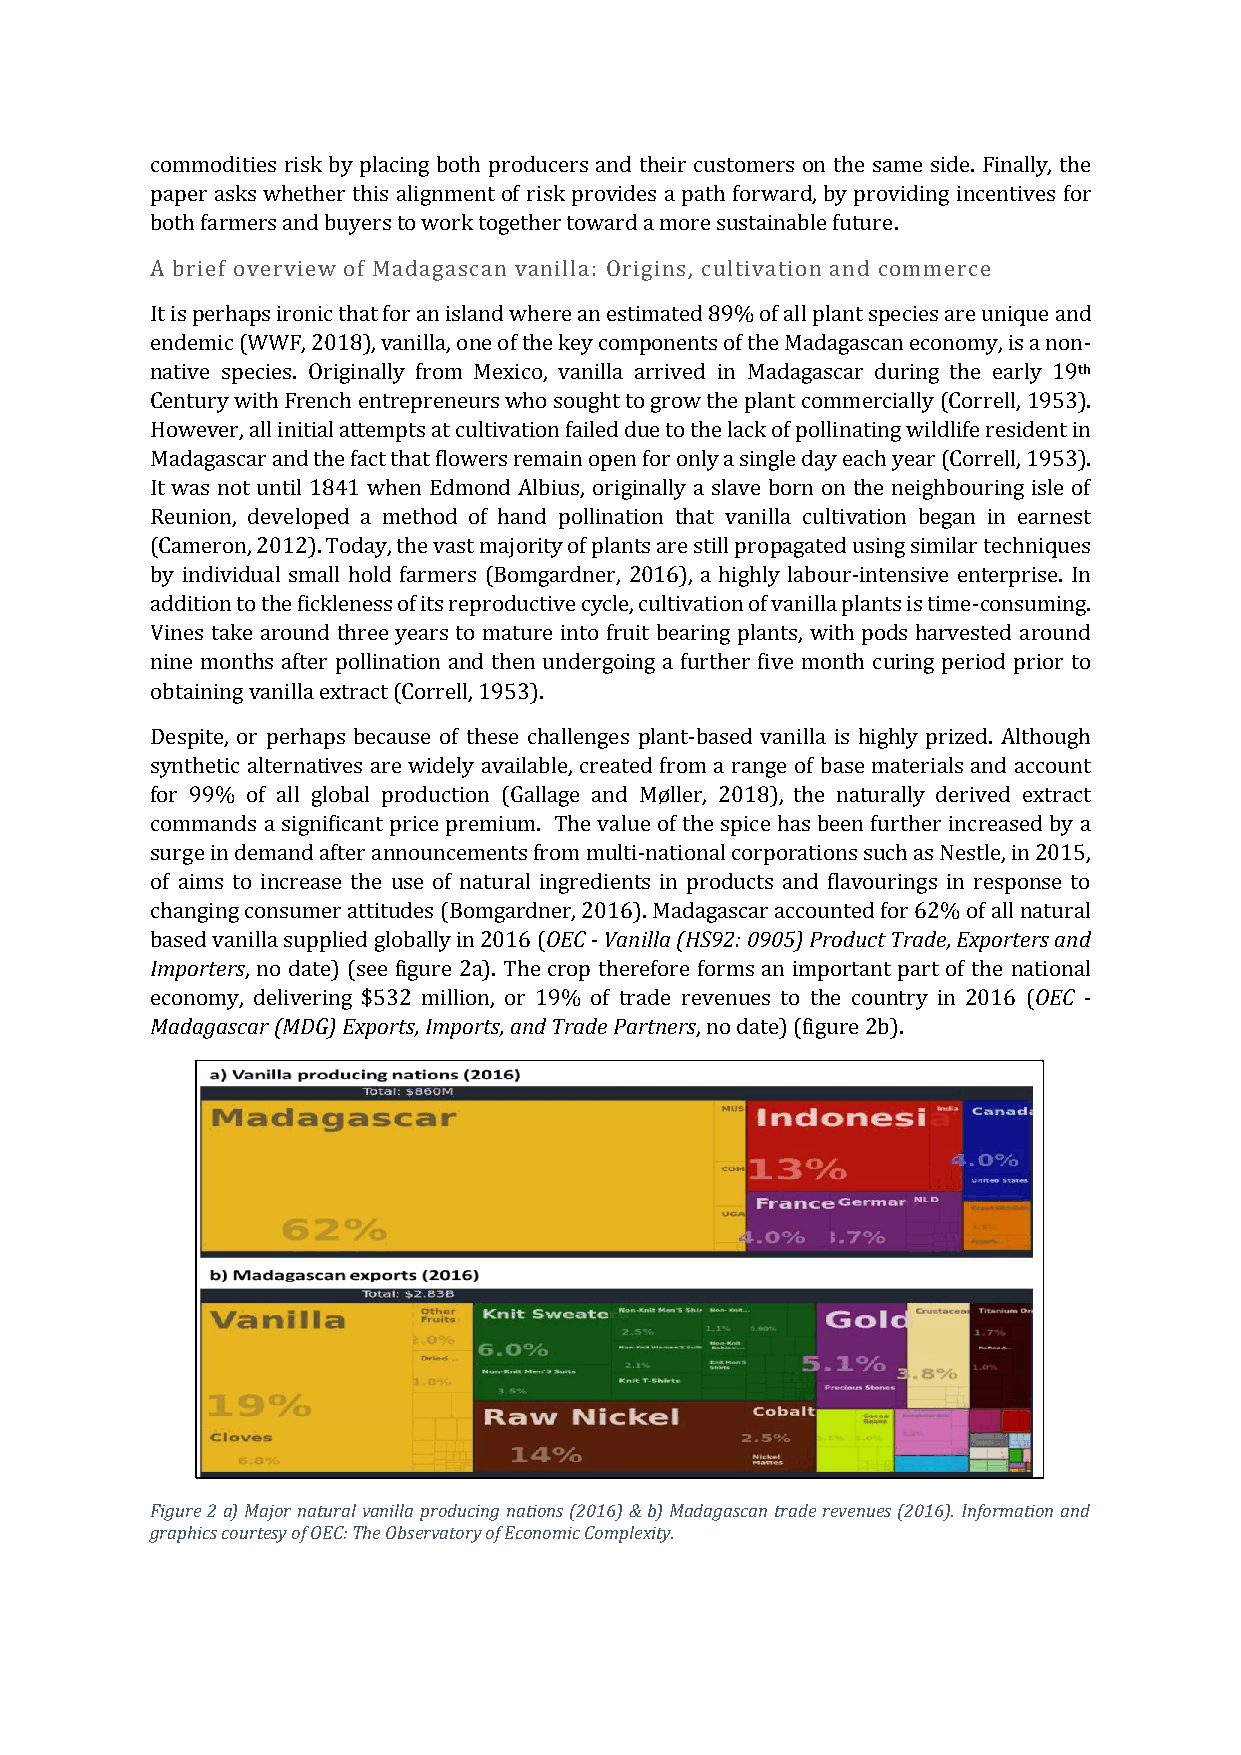
commodities risk by placing both producers and their customers on the same side. Finally, the
 paper asks whether this alignment of risk provides a path forward, by providing incentives for
 both farmers and buyers to work together toward a more sustainable future.
 A brief overview of Madagascan vanilla: Origins, cultivation and commerce
 It is perhaps ironic that for an island where an estimated 89% of all plant species are unique and
 endemic (WWF, 2018), vanilla, one of the key components of the Madagascan economy, is a non-
 native species. Originally from Mexico, vanilla arrived in Madagascar during the early 19th
 Century with French entrepreneurs who sought to grow the plant commercially (Correll, 1953).
 However, all initial attempts at cultivation failed due to the lack of pollinating wildlife resident in
 Madagascar and the fact that flowers remain open for only a single day each year (Correll, 1953).
 It was not until 1841 when Edmond Albius, originally a slave born on the neighbouring isle of
 Reunion, developed a method of hand pollination that vanilla cultivation began in earnest
 (Cameron, 2012). Today, the vast majority of plants are still propagated using similar techniques
 by individual small hold farmers (Bomgardner, 2016), a highly labour-intensive enterprise. In
 addition to the fickleness of its reproductive cycle, cultivation of vanilla plants is time-consuming.
 Vines take around three years to mature into fruit bearing plants, with pods harvested around
 nine months after pollination and then undergoing a further five month curing period prior to
 obtaining vanilla extract (Correll, 1953).
 Despite, or perhaps because of these challenges plant-based vanilla is highly prized. Although
 synthetic alternatives are widely available, created from a range of base materials and account
 for 99% of all global production (Gallage and Møller, 2018), the naturally derived extract
 commands a significant price premium. The value of the spice has been further increased by a
 surge in demand after announcements from multi-national corporations such as Nestle, in 2015,
 of aims to increase the use of natural ingredients in products and flavourings in response to
 changing consumer attitudes (Bomgardner, 2016). Madagascar accounted for 62% of all natural
 based vanilla supplied globally in 2016 (OEC - Vanilla (HS92: 0905) Product Trade, Exporters and
 Importers, no date) (see figure 2a). The crop therefore forms an important part of the national
 economy, delivering $532 million, or 19% of trade revenues to the country in 2016 (OEC -
 Madagascar (MDG) Exports, Imports, and Trade Partners, no date) (figure 2b).
 Figure 2 a) Major natural vanilla producing nations (2016) & b) Madagascan trade revenues (2016). Information and
 graphics courtesy of OEC: The Observatory of Economic Complexity.